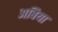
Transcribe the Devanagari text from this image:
अबिया